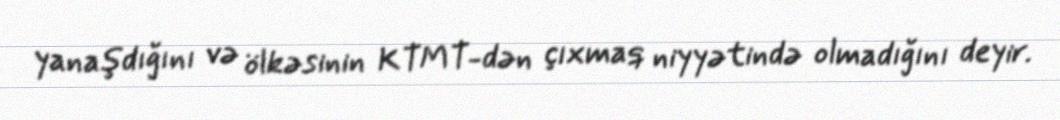
yanaşdığını və ölkəsinin KTMT-dən çıxmaq niyyətində olmadığını deyir.